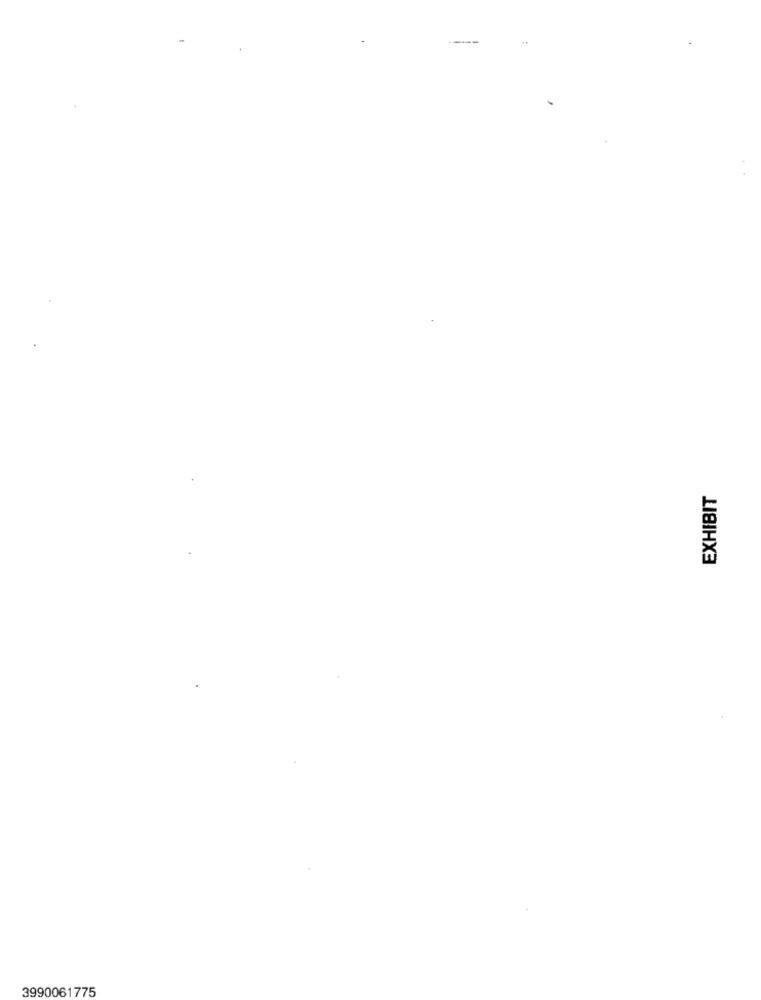
EXHIBIT
3990061775